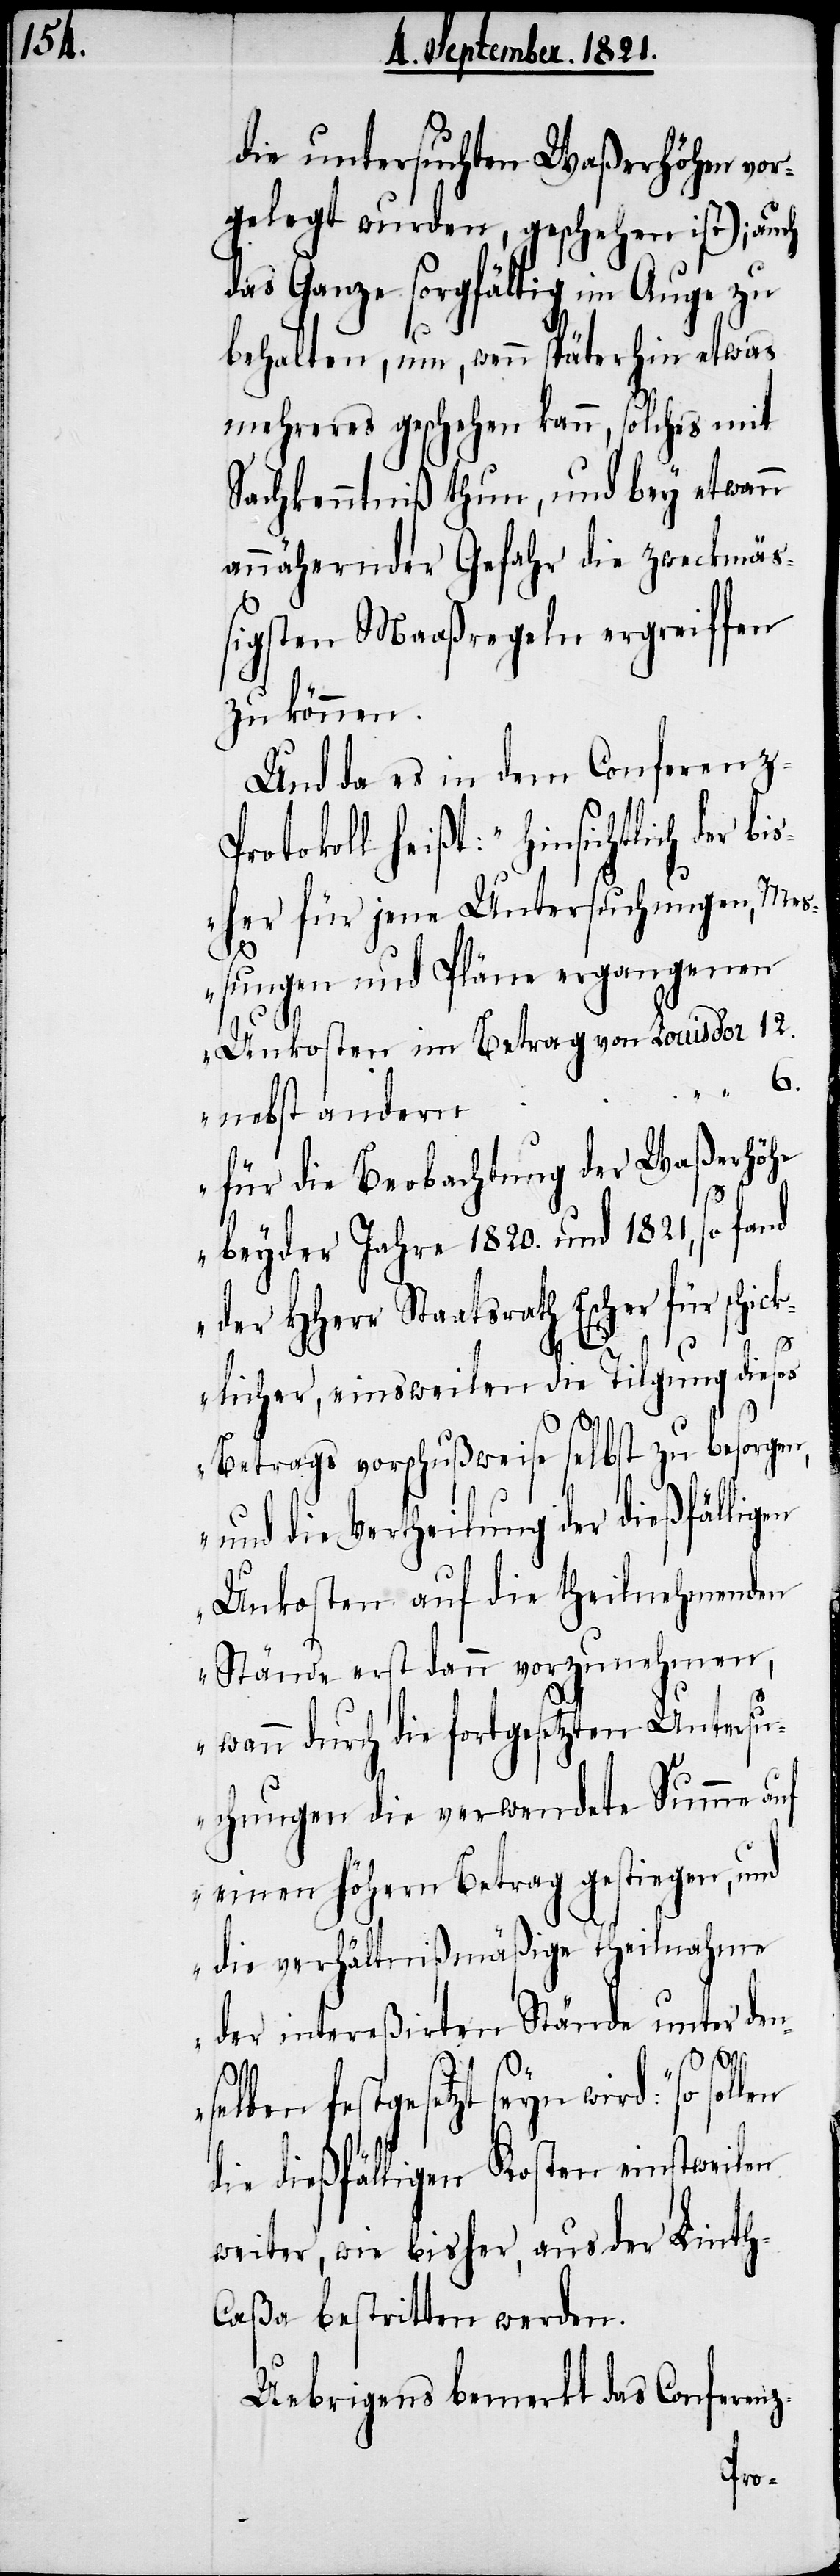
die untersuchten Waßerhöhen vor¬
gelegt wurden, geschehen ist); auch
das Ganze sorgfältig im Auge zu
behalten, um, wenn späterhin etwas
mehreres geschehen kann, solches mit
Sachkenntniß thun, und bey etwann
annähernder Gefahr die zweckmäß¬
igsten Maaßregeln ergreiffen
zu können.
Und da es in dem Conferenz-P¬
tokoll heißt: „Hinsichtlich der b¬
isher für jene Untersuchungen, Me¬
ßungen und Pläne ergangenen
Unkosten im Betrag von Louis d’or	12.
nebst andern
für die Beobachtung der Waßerhöhe
beyder Jahre 1820. und 1821, so fand
der HHerr Staatsrath Escher für schi¬
cklicher, einsweilen die Tilgung dieses
Betrags vorschußweise selbst zu besorgen,
und die Vertheilung der dießfälligen
Unkosten auf die theilnehmenden
Stände erst dann vorzunehmen,
wann durch die fortgesetzten Untersu¬
chungen die verwendete Summe auf
einen höhern Betrag gestiegen, und
die verhältnißmäßige Theilnahme
der intereßirten Stände unter den¬
selben festgesetzt seyn wird:“ so sollen
die dießfälligen Kosten einstweilen
weiter, wie bisher, aus der Linth-C¬
aßa bestritten werden.
Uebrigens bemerkt das Conferenz-
ro¬